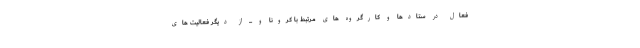
فعال در ستادها و کارگروه های مرتبط با کرونا و ... از دیگر فعالیت های